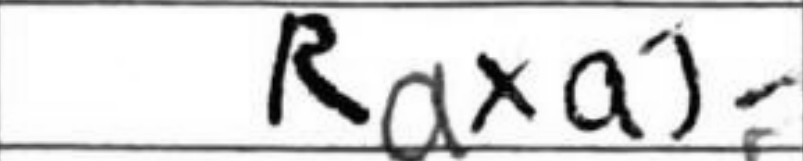
Transcription: Raxa5